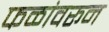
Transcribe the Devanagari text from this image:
फळांवरून